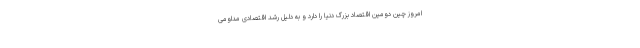
امروز چین دومین اقتصاد بزرگ دنیا را دارد و به دلیل رشد اقتصادی مداومی